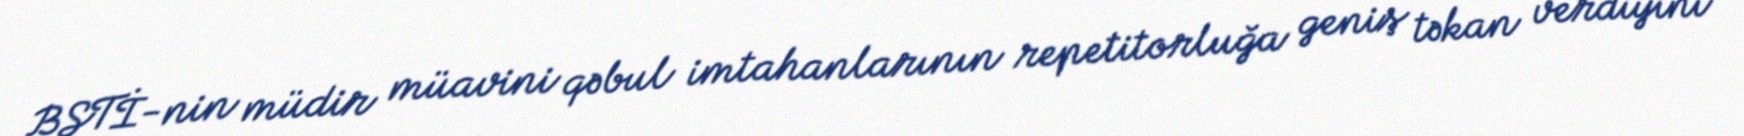
BŞTİ-nin müdir müavini qəbul imtahanlarının repetitorluğa geniş təkan verdiyini